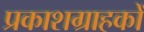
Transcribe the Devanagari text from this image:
प्रकाशग्राहकों